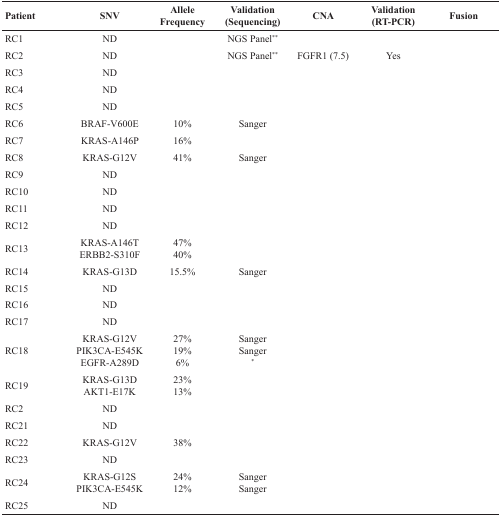
| Patient | SNV | AlleleFrequency | Validation (Sequencing) | CNA | Validation (RT-PCR) | Fusion |
 | --- | --- | --- | --- | --- | --- | --- |
 | RC1 | ND |  | NGS Panel** |  |  |  |
 | RC2 | ND |  | NGS Panel** | FGFR1 (7.5) | Yes |  |
 | RC3 | ND |  |  |  |  |  |
 | RC4 | ND |  |  |  |  |  |
 | RC5 | ND |  |  |  |  |  |
 | RC6 | BRAF-V600E | 10% | Sanger |  |  |  |
 | RC7 | KRAS-A146P | 16% |  |  |  |  |
 | RC8 | KRAS-G12V | 41% | Sanger |  |  |  |
 | RC9 | ND |  |  |  |  |  |
 | RC10 | ND |  |  |  |  |  |
 | RC11 | ND |  |  |  |  |  |
 | RC12 | ND |  |  |  |  |  |
 | RC13 | KRAS-A146TERBB2-S310F | 47%40% |  |  |  |  |
 | RC14 | KRAS-G13D | 15.5% | Sanger |  |  |  |
 | RC15 | ND |  |  |  |  |  |
 | RC16 | ND |  |  |  |  |  |
 | RC17 | ND |  |  |  |  |  |
 | RC18 | KRAS-G12VPIK3CA-E545KEGFR-A289D | 27%19%6% | SangerSanger* |  |  |  |
 | RC19 | KRAS-G13DAKT1-E17K | 23%13% |  |  |  |  |
 | RC2 | ND |  |  |  |  |  |
 | RC21 | ND |  |  |  |  |  |
 | RC22 | KRAS-G12V | 38% |  |  |  |  |
 | RC23 | ND |  |  |  |  |  |
 | RC24 | KRAS-G12SPIK3CA-E545K | 24%12% | SangerSanger |  |  |  |
 | RC25 | ND |  |  |  |  |  |